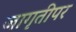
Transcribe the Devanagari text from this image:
जागृतीपर